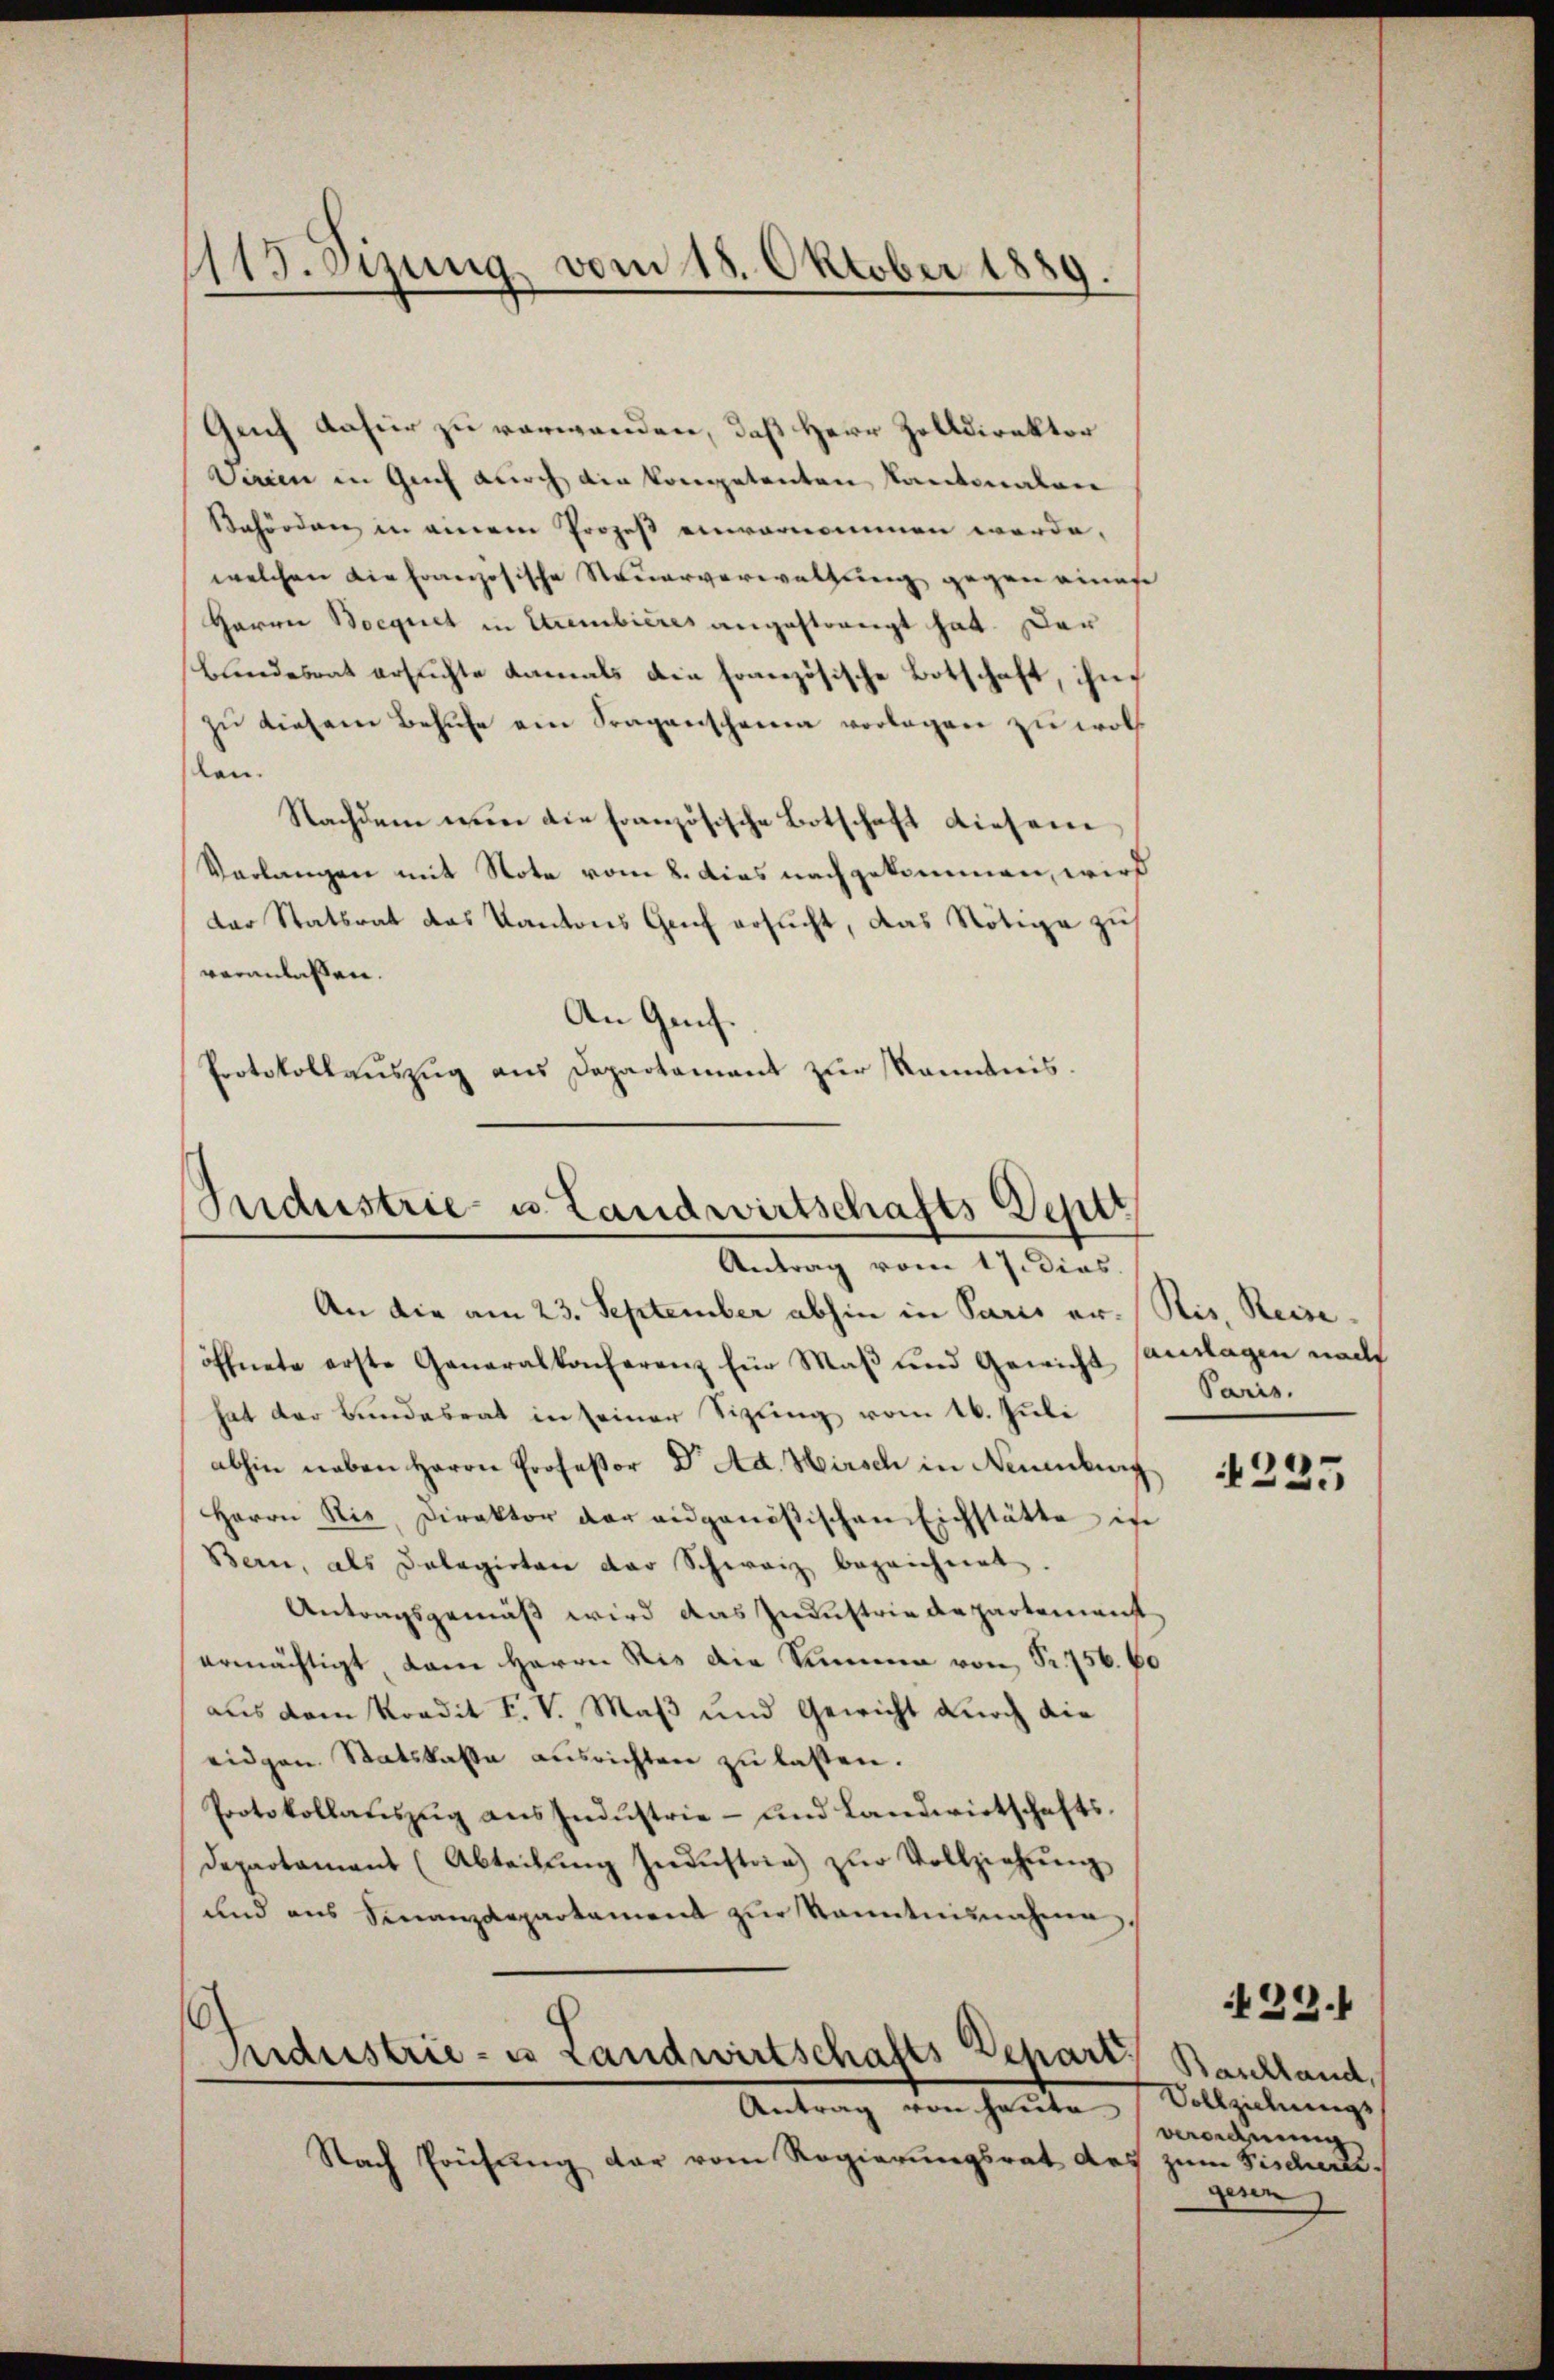
1115. Sizung vom 18. Oktober 1889.

Genf dafür zu verwanden, daß Herr Zolldirektor
Darin in Guch durch die kompetenten Kantonalen
Behörden in einem Prozeß einvernommen werde,
welchen die französische Steuerverwaltung gegen einese
Garre Boegnet in Eurembieres angestrengt hat. Der
blindesrat ersuchte damals die französische Botschaft, ihn
zŭ diesem Behufe am Fragenscheine vorlagen zu woll
len.
Nachdem wenn die französische Botschaft diesem
Verlangen mit Note vom 8. dies nachgekommen, wird
der Statsrat das Kantons Gruf ersucht, das Nötige zu
veranlassen.
An Genf.
Protokollauszug aus Departament zur Kenntnis.

Industrie u Landwirtschafts Deptt
Antrag vom 17. dies

An die am 23. September abhin in Paris er-Ris, Reiseöffnete erste Generalkonferenz für Maβ und Gewicht (anslagen nach
hat der Bundesrat in seiner Sizling vom 16. Juli
abhin neben Herrn Professor Dr. Ad. Hirsch in Neuenburg
Herrn Ris, Direktor der eidgenößischen Eichstätte in
Bern, als Delegirten der Schweiz bezeichnet.
Antragsgemäß wird das Zndustrie Departement
ermächtigt, dam Herrn Ris die Summe von Sr. 756. 60
aus dem Kondit F. V., Maß und Gewicht durch die
eidgen. Statskasse ausrichten zu lassen.
Protokollauszug aus Industrie - und Landwirtschaftsdepartamens (Abteilŭng Jndustria) zŭr Vollziehŭng
und aus Sinanzdepartament zŭr kanntnisnahme,

¬
Industrie - es Landwirtschafts Depart
Antrag von heute

Nach Prüfŭng dar vom Regierungsrat des

Paris.

1225

Baschland,
Vollziehungs
Berechnung,
zum Fischerli
genn

23.1